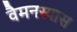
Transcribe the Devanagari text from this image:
वैमनस्यास